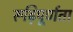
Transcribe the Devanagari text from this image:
रूढ़िपूर्णता